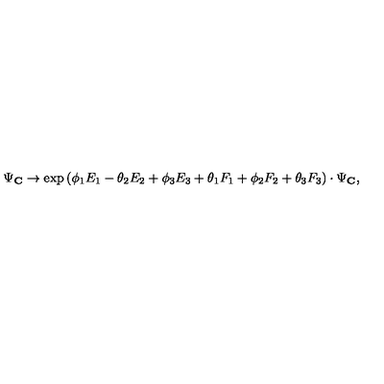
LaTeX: \Psi _ { \bf C } \rightarrow \exp { ( \phi _ { 1 } E _ { 1 } - \theta _ { 2 } E _ { 2 } + \phi _ { 3 } E _ { 3 } + \theta _ { 1 } F _ { 1 } + \phi _ { 2 } F _ { 2 } + \theta _ { 3 } F _ { 3 } ) } \cdot \Psi _ { \bf C } ,